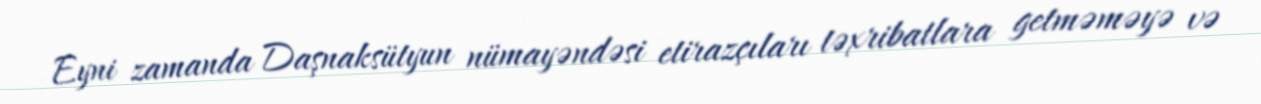
Eyni zamanda Daşnaksütyun nümayəndəsi etirazçıları təxribatlara getməməyə və